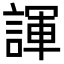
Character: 諢